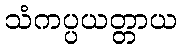
သံကပ္ပယတ္တာယ